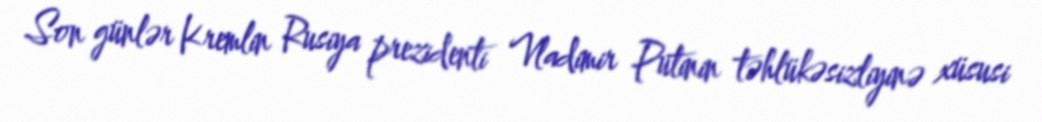
Son günlər Kremlin Rusiya prezidenti Vladimir Putinin təhlükəsizliyinə xüsusi